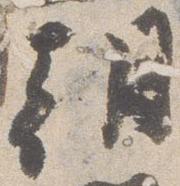
朝